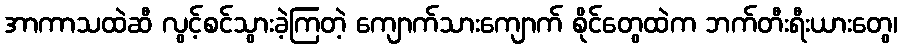
အာကာသထဲဆီ လွင့်စင်သွားခဲ့ကြတဲ့ ကျောက်သားကျောက် စိုင်တွေထဲက ဘက်တီးရီးယားတွေ၊